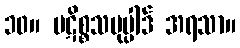
၁၀။ ပဋိစ္စသမုပ္ပါဒ် အရသာ။